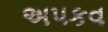
અપકવ